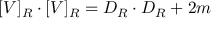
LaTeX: [ V ] _ { R } \cdot [ V ] _ { R } = D _ { R } \cdot D _ { R } + 2 m